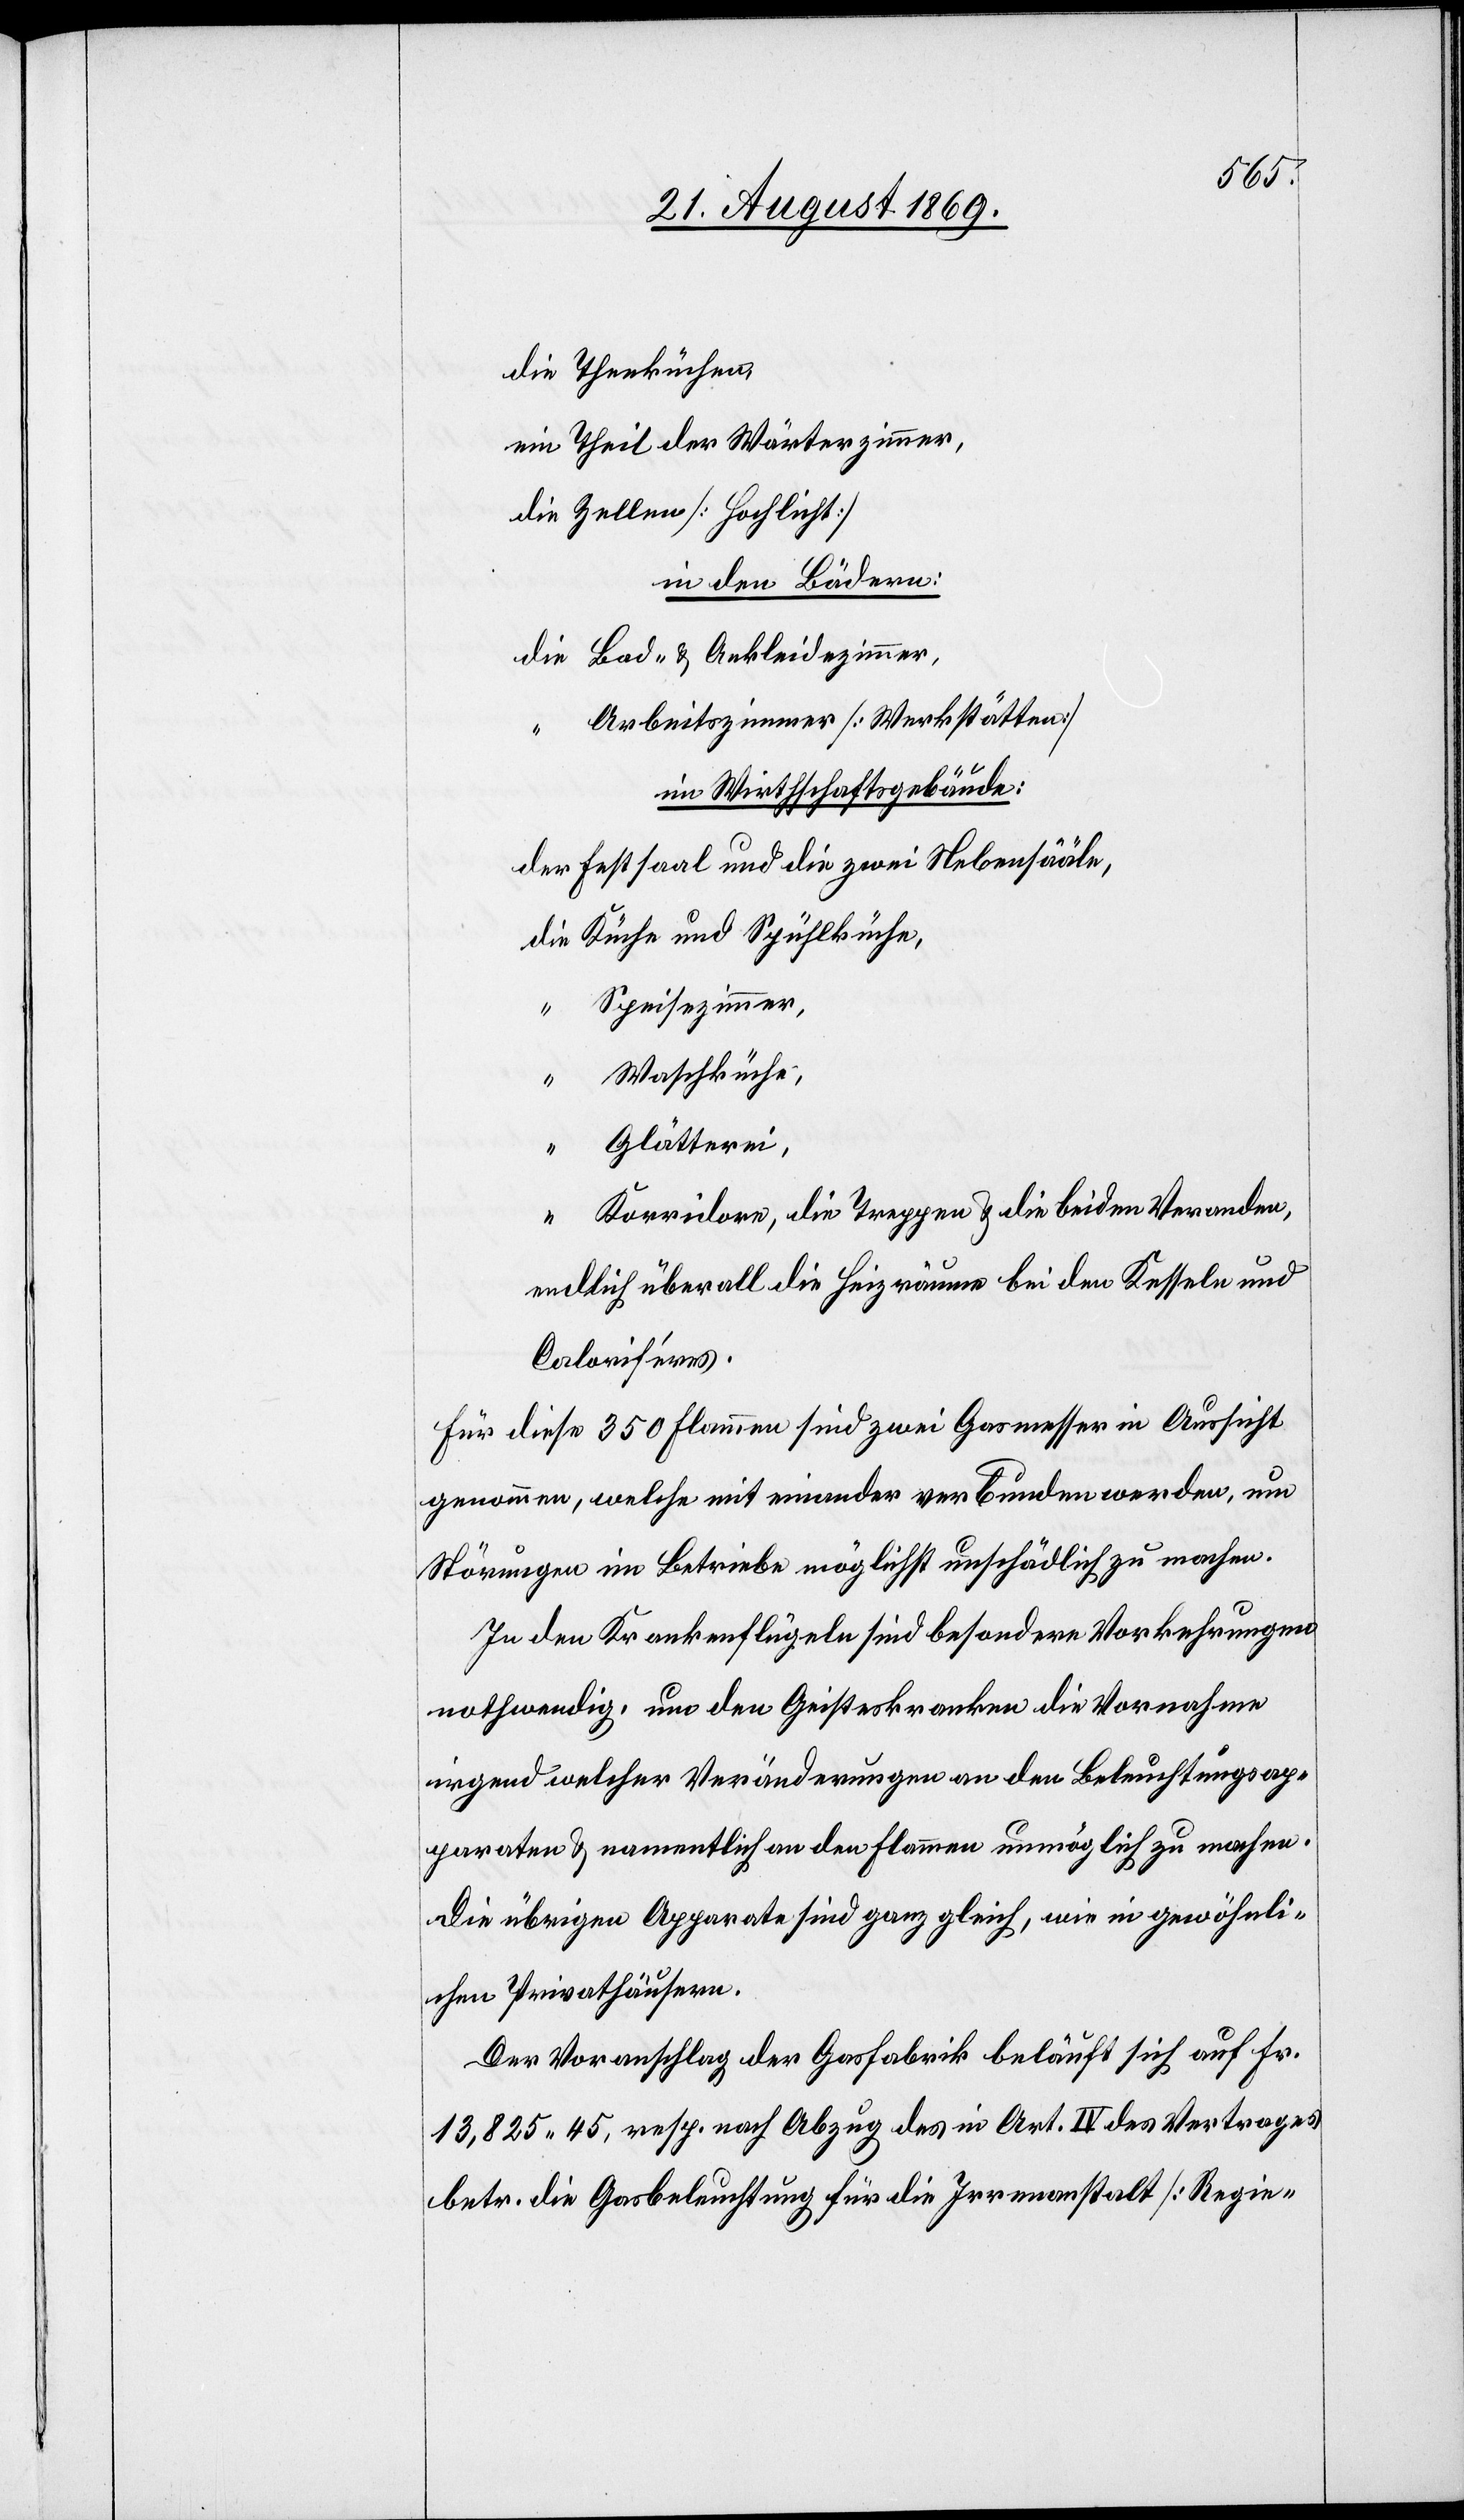
Theil der Wärterzimmer,
Zellen [Hochlicht]
in den Bädern:
Bad- & Ankleidezimmer,
Arbeitszimmer [Werkstätten]
im Wirthschaftsgebäude:
Festsaal und die zwei Nebensääle,
Küche und Spühlküche,
Speisezimmer,
Waschküche,
“
Glätterei,
Korridore, die Treppen & die beiden Veranden,
endlich überall die Heizräume bei den Kesseln und
Calorieféres.
Für diese 350 Flammen sind zwei Gasmesser in Aussicht
genommen, welche mit einander verbunden werden, um
Störungen im Betriebe möglichst unschädlich zu machen.
In den Krankenflügeln sind besondere Vorkehrungen
nothwendig, um den Geisteskranken die Vornahme
irgend welcher Veränderungen an den Beleuchtungsap¬
paraten & namentlich an den Flammen unmöglich zu machen.
Die übrigen Apparate sind ganz gleich, wie in gewöhnli¬
chen Privathäusern.
Der Voranschlag der Gasfabrik beläuft sich auf Fr.
13,825 45, resp. nach Abzug des in Art. IV des Vertrages
betr. die Gasbeleuchtung für die Irrenanstalt [Regie-